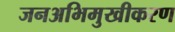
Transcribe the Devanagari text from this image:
जनअभिमुखीकरण